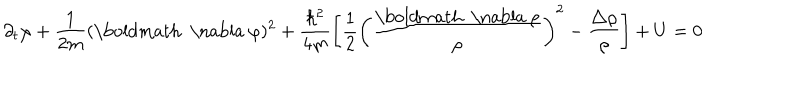
\partial _ { t } \varphi + \frac { 1 } { 2 m } ( { \mathrm { \boldmath ~ \nabla ~ } } \varphi ) ^ { 2 } + \frac { \hbar ^ { 2 } } { 4 m } \left[ \frac { 1 } { 2 } \left( \frac { { \mathrm { \boldmath ~ \nabla ~ } } \rho } { \rho } \right) ^ { 2 } - \frac { \triangle \rho } { \rho } \right] + U = 0